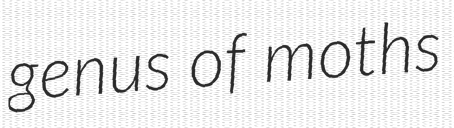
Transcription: genus of moths